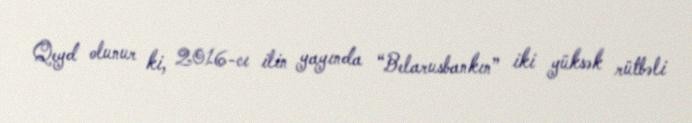
Qeyd olunur ki, 2016-cı ilin yayında “Belarusbankın” iki yüksək rütbəli